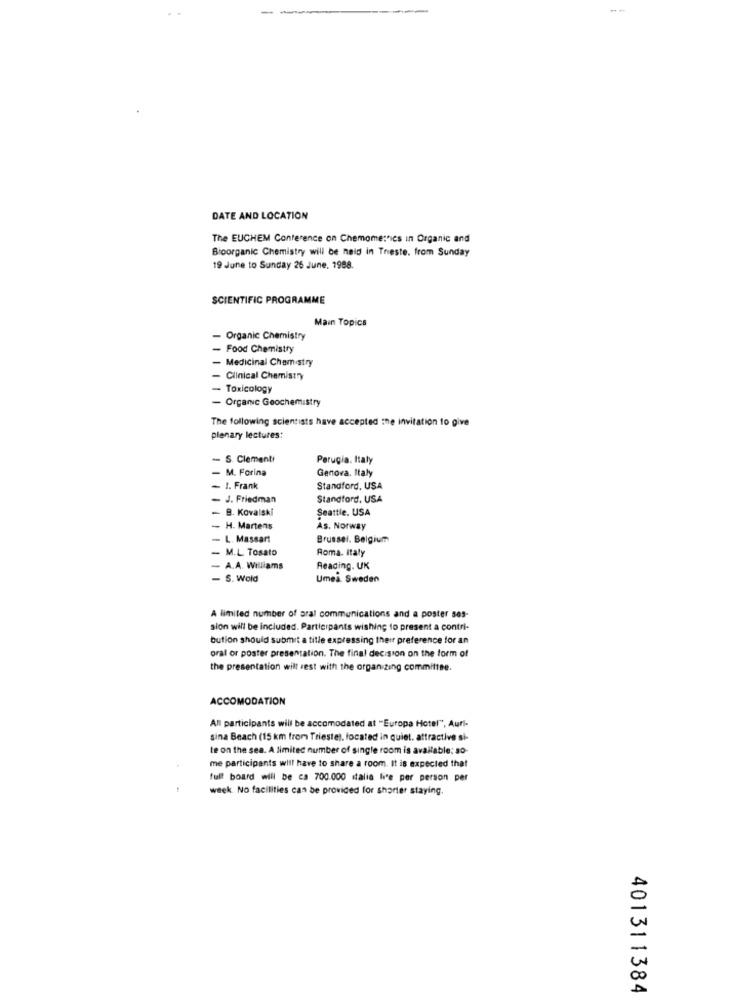
--
DATE AND LOCATION
The EUCHEM Conference on Chemometrics in Organic and
Bioorganic Chemistry will be held in Trieste. from Sunday
19 June to Sunday 26 June. 1988.
SCIENTIFIC PROGRAMME
Main Topics
- Organic Chemistry
- Food Chemistry
- Medicinal Chemistry
- Clinical Chemistry
- Toxicology
- Organic Geochemistry
The following scientists have accepted the invitation to give
plenary lectures:
- S. Clementi
Perugia. Italy
- M. Forina
Genova. Italy
1. Frank
Standford, USA
- J. Friedman
Standford. USA
- B. Kovalski
Seattle. USA
- H. Martens
As. Norway
L. Massart
Brussel, Belgium
M.L. Tosato
Roma. Italy
A.A. Williams
Reading. UK
- S. Wold
Umea Sweden
A limited number of aral communications and a poster ses-
sion will be included. Participants wishing to present a contri-
bution should submit a title expressing their preference for an
oral or poster presentation. The final decision on the form of
the presentation will sest with the organizing committee.
ACCOMODATION
All participants will be accomodated at "Europa Hotel", Auri-
sina Beach (15 km from Trieste), located in quiet. attractive si-
te on the sea. A limited number of single room is available: 30
me participants will have to share a room. It is expected that
full board will be ca 700.000 italia live per person per
week. No facilities can be provided for shorter staying.
401311384